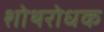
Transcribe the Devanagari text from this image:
शोथरोधक